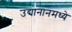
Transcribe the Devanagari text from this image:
उद्यानानमध्ये